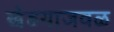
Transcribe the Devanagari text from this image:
खेडयाजवळ